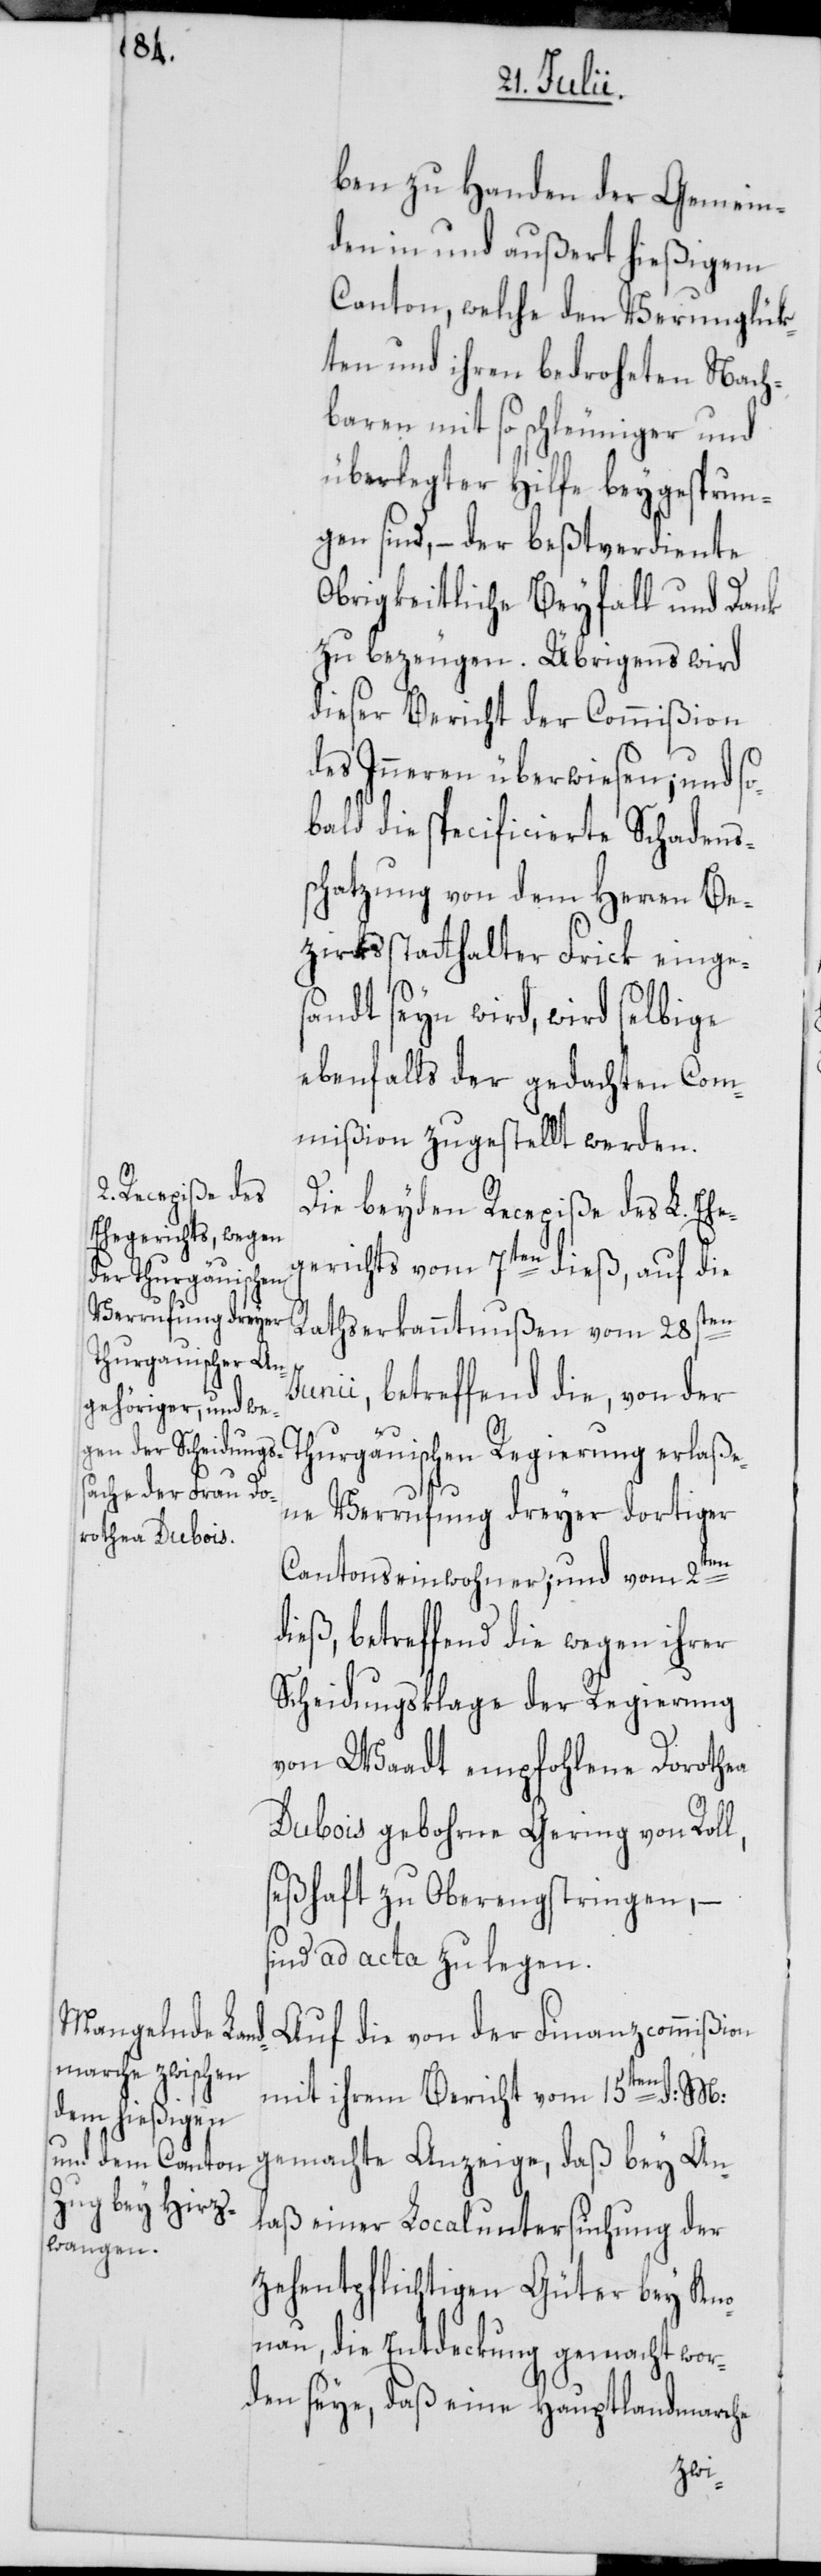
l,

ben zu Handen der Gemein¬
den in und außert hießigem
Canton, welche den Verunglük¬
ten und ihren bedroheten Nach¬
baren mit so schleuniger und
überlegter Hilfe beygesprun¬
gen sind, – der beßtverdiente
Obrigkeitliche Beyfall und Dank
zu bezeugen. Übrigens wird
dieser Bericht der Commißion
des Inneren überwiesen; und so¬
bald die specificierte Schadens¬
chatzung von dem Herren Be¬
zirksstatthalter Frick einges¬
andt seyn wird, wird selbige
ebenfalls der gedachten Com¬
mißion zugestellt werden.
Die beyden Recepiße des L. Ehe¬
gerichts vom 7ten dieß, auf die
Rathserkanntnußen vom 28s¬
unii, betreffend die, von der
Thurgäuischen Regierung erlaße¬
ne Verrufung dreyer dortiger
ten
Cantonseinwohner; und vom 2ten
dieß, betreffend die wegen ihrer
Scheidungsklage der Regierung
von Waadt empfohlene Dorothea
Dubois gebohrne Gering von Rol¬
seßhaft zu Oberengstringen, –
sind ad acta zu legen.
Auf die von der Finanzcommißion
mit ihrem Bericht vom 15ten d: M:
gemachte Anzeige, daß bey An¬
laß einer Localuntersuchung der
zehentpflichtigen Güter bey Kno¬
nau, die Entdeckung gemacht wor¬
den seye, daß eine Hauptlandmarche